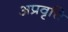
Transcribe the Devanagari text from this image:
अप्रवृत्ति